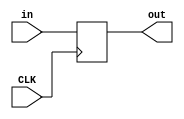
`timescale 1ns / 1ps

module delay_register # (parameter WL = 8)
(
    input CLK,
    input [WL - 1 : 0] in,
    output reg [WL - 1 : 0] out
);
    initial out <= 0;
    
    always @ (posedge CLK)
    begin
        out <= in;
    end
    
    
    
endmodule